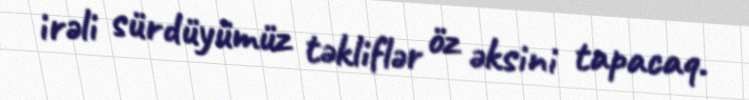
irəli sürdüyümüz təkliflər öz əksini tapacaq.